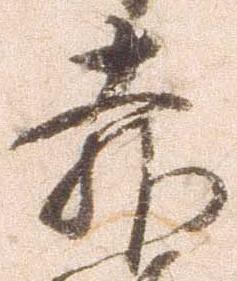
赤